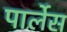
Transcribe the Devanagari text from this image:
पार्लेस